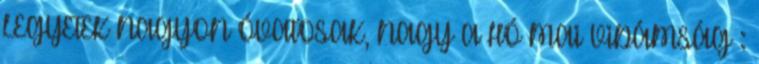
LEGYETEK NAGYON ÓVATOSAK, NAGY A HÓ MAI VIDÁMSÁG :